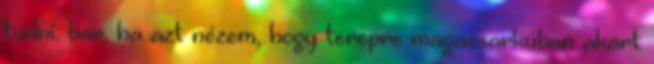
tudni. bár. ha azt nézem, hogy terepre magassarkúban akart